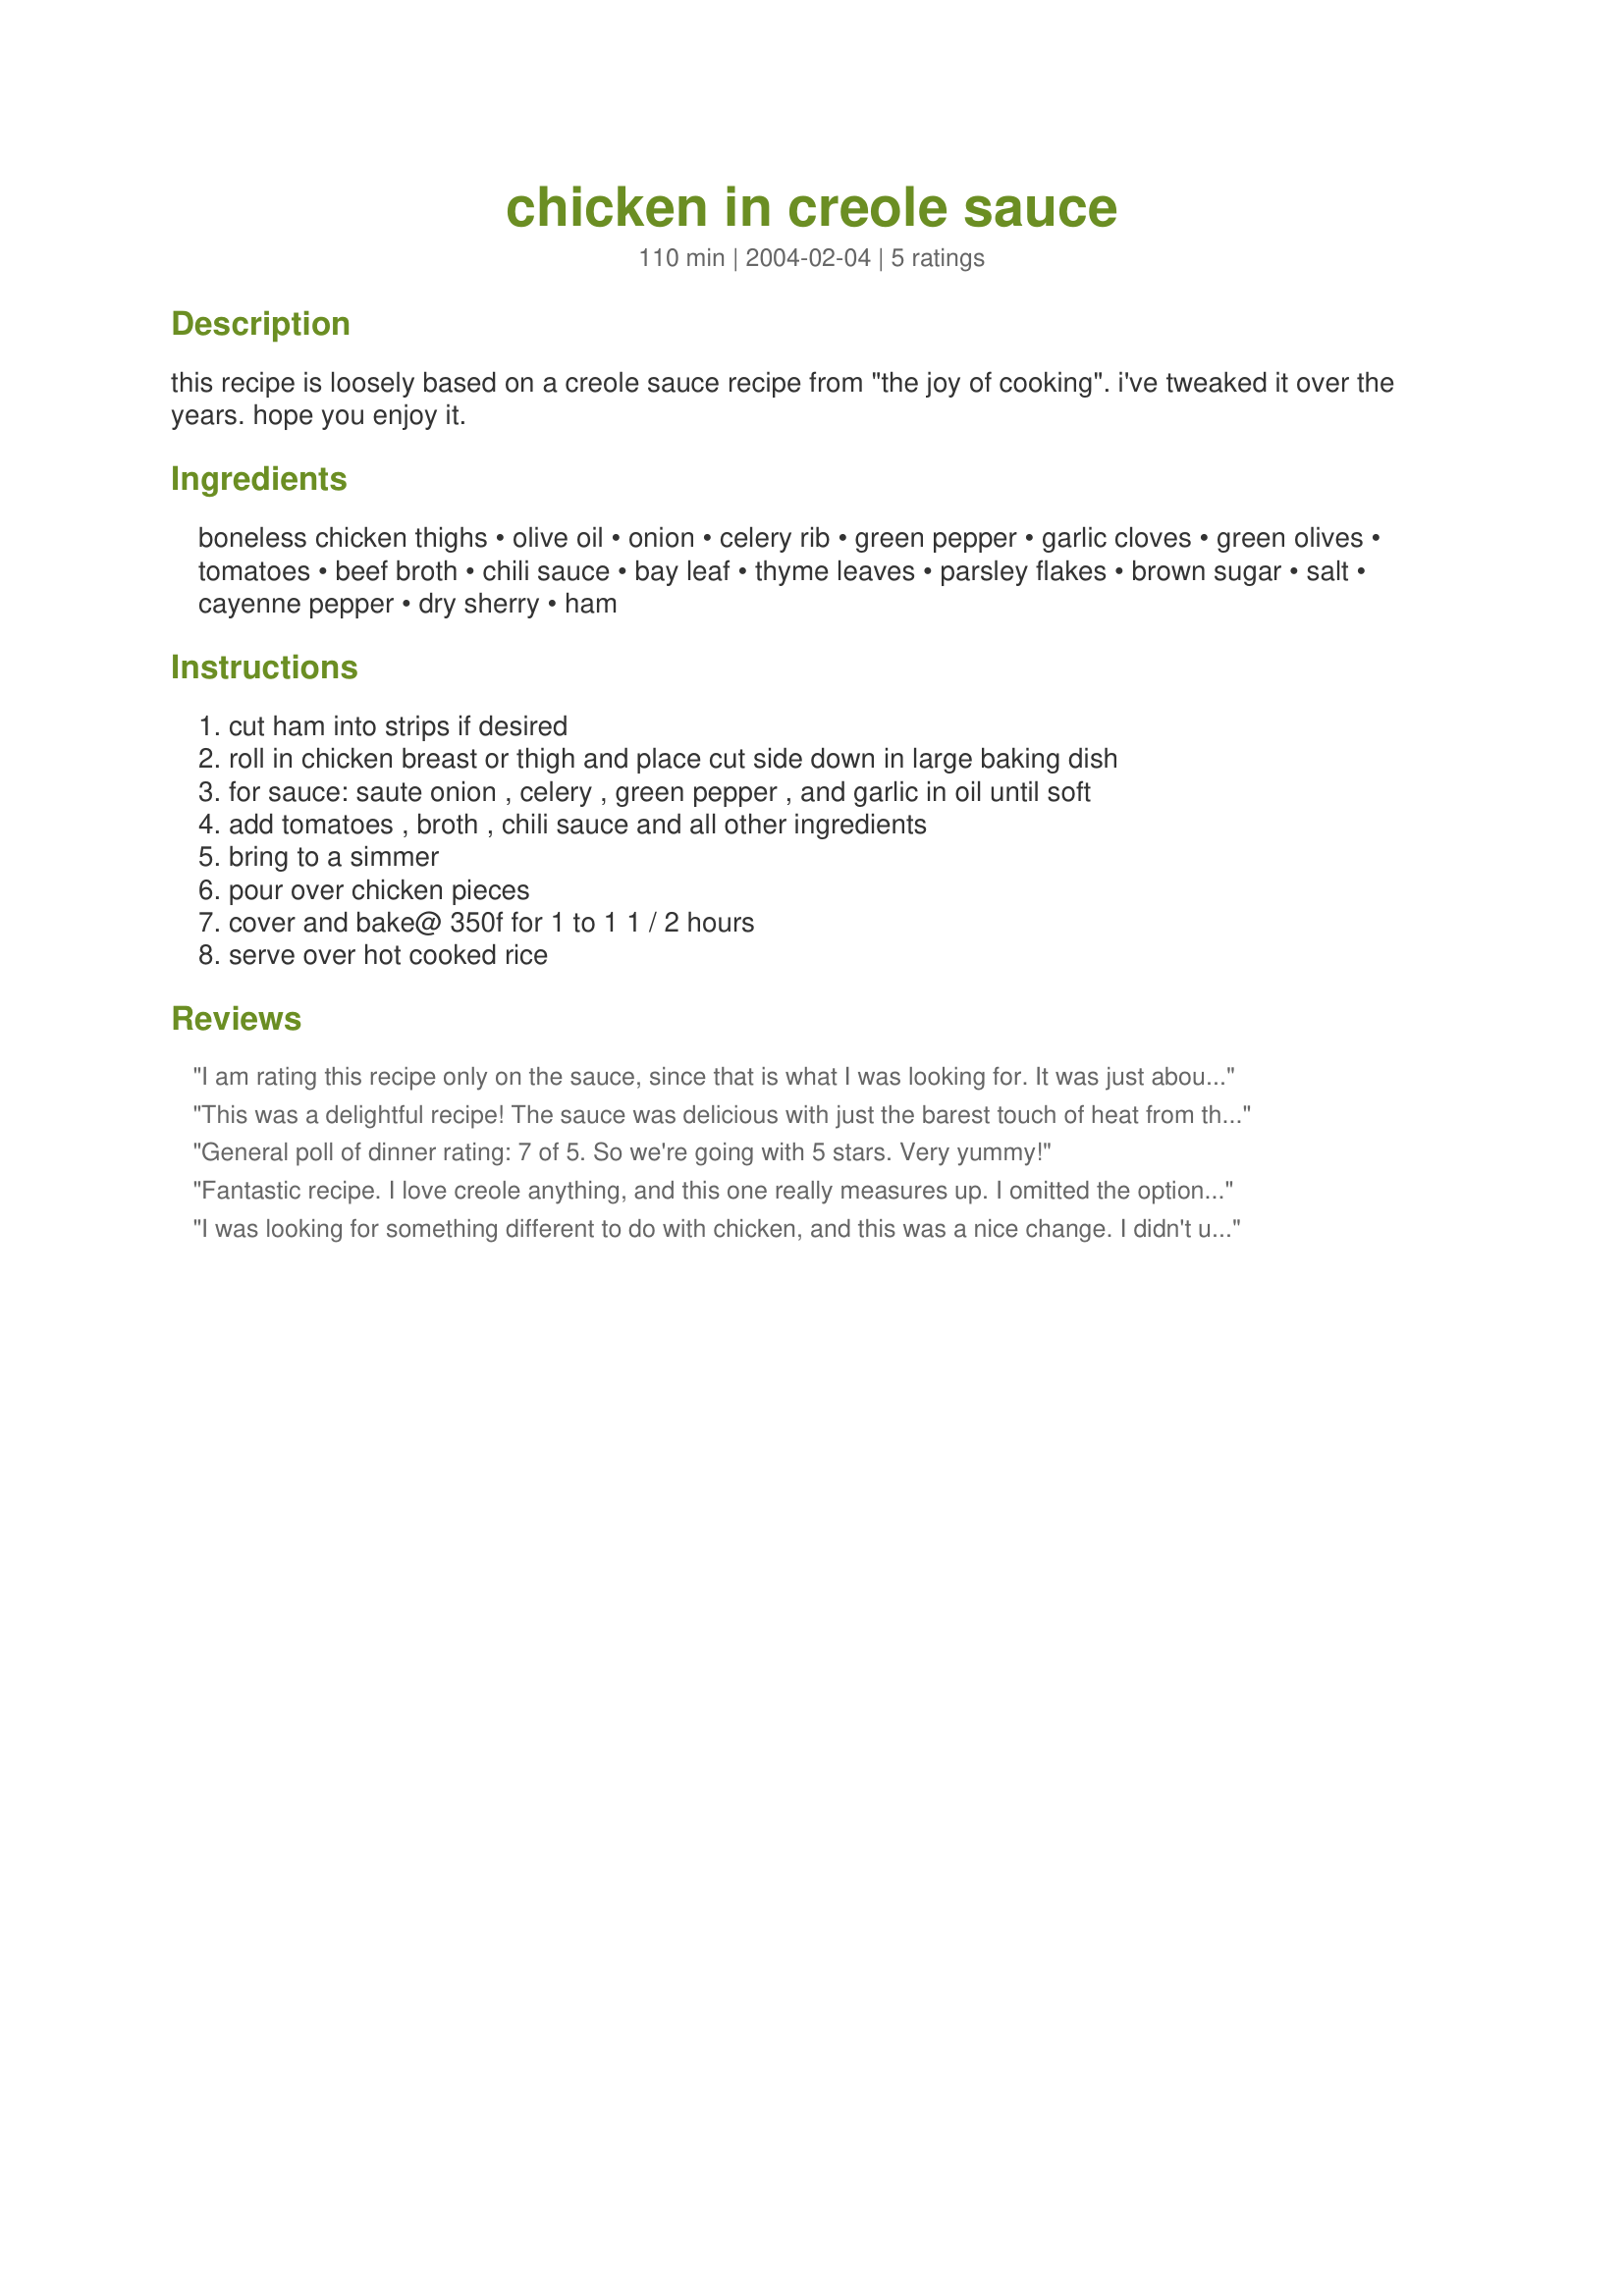
chicken in creole sauce
Preparation time: 110 minutes

this recipe is loosely based on a creole sauce recipe from "the joy of cooking". i've tweaked it over the years. hope you enjoy it.

Ingredients:
boneless chicken thighs, olive oil, onion, celery rib, green pepper, garlic cloves, green olives, tomatoes, beef broth, chili sauce, bay leaf, thyme leaves, parsley flakes, brown sugar, salt, cayenne pepper, dry sherry, ham

Steps:
cut ham into strips if desired, roll in chicken breast or thigh and place cut side down in large baking dish, for sauce: saute onion , celery , green pepper , and garlic in oil until soft, add tomatoes , broth , chili sauce and all other ingredients, bring to a simmer, pour over chicken pieces, cover and bake@ 350f for 1 to 1 1 / 2 hours, serve over hot cooked rice

Reviews:
I am rating this recipe only on the sauce, since that is what I was looking for. It was just about perfect. I omitted the olives and dry sherry (only because I didn't have any on hand), but did add about 2 Tbsp. white vinegar. I sauteed all the vegetables, added the rest of the ingredients and let simmer slowly for about 25 minutes. I served it with fillet of sole, and have enough in my freezer to dress up some meatloaf and perhaps veal cutlets. Thank you, Papergoddess - your sauce has a wonderful blend of flavors - just the right amount of tang and sweetness.
This was a delightful recipe! The sauce was delicious with just the barest touch of heat from the cayenne. I served it over biscuits instead of rice. For myself, I added in extra cayenne to my serving as I like spicy foods. I did use the optional ham slice for some extra flavor, but omitted the olives (just a personal preference). Thanks for sharing this recipe!
General poll of dinner rating: 7 of 5. So we're going with 5 stars. Very yummy!
Fantastic recipe. I love creole anything, and this one really measures up. I omitted the optional ham because I didn't have any on hand. I forgot to add the olives and left the dry sherry off on purpose. I used chicken tenders that I had cut into bite size pieces. I know it sounds like I made a lot of changes, but I really didn't. I can't imagine this recipe being any better. Thanks for the great recipe.
I was looking for something different to do with chicken, and this was a nice change. I didn't use the olives or the sherry, and I didn't have any crushed tomatoes on hand so I used spaghetti sauce and threw in a couple of handfuls of shredded carrots. Hubby and baby loved it- will make again.
